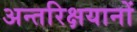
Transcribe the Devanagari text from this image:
अन्तरिक्षयानों